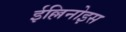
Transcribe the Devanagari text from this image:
ईल्लिनोइस